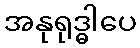
အနုရုဒ္ဓါပေ